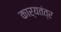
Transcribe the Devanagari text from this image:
कार्यतंत्र